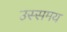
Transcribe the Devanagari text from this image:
उस्समय